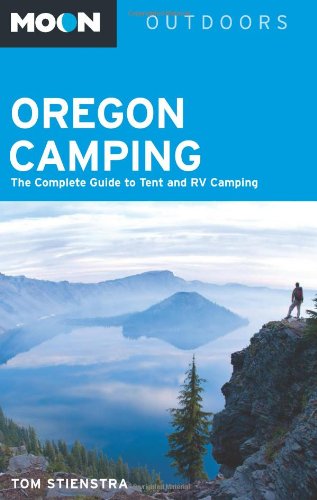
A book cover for Moon Oregon Camping: The Complete Guide to Tent and RV Camping (Moon Outdoors); Tom Stienstra; Sports & Outdoors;